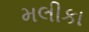
મલીકા